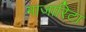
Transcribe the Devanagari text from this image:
माजारिटा